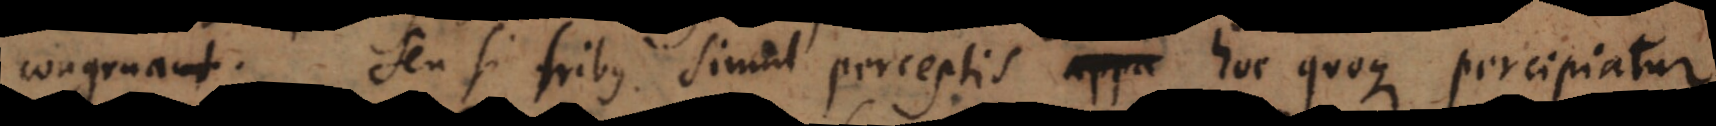
congruant. Seu si tribus simul perceptis appa hoc quoque percipiatur